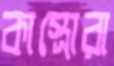
কাস্ত্রোরা